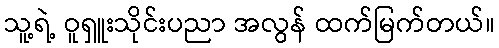
သူ့ရဲ့ ဝူရှူးသိုင်းပညာ အလွန် ထက်မြက်တယ်။